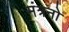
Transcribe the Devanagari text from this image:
मंत्रनो